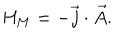
LaTeX: { \it H } _ { M } = - \vec { j } \cdot \vec { A } .